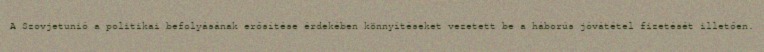
A Szovjetunió a politikai befolyásának erősítése érdekében könnyítéseket vezetett be a háborús jóvátétel fizetését illetően.